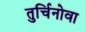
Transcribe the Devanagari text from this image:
तुर्चिनोवा